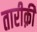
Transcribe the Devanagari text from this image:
तारीक़ी